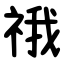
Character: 䄉